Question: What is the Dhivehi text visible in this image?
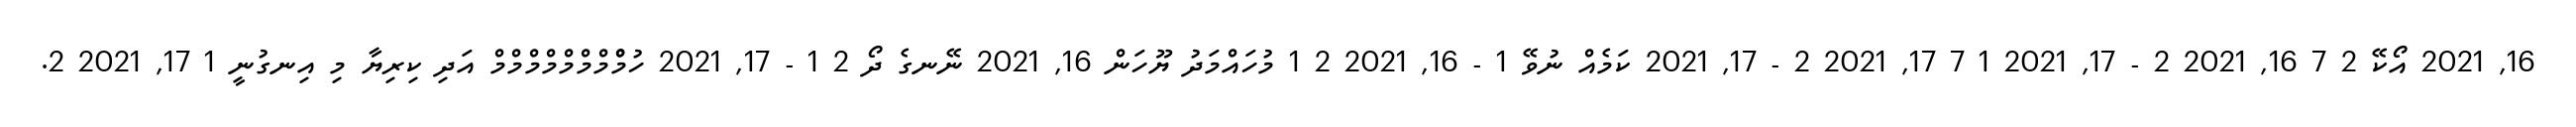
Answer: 16, 2021 އޯކޭ 2 7 16, 2021 2 - 17, 2021 1 7 17, 2021 2 - 17, 2021 ކަމެއް ނުވޭ 1 - 16, 2021 2 1 މުހައްމަދު ޔޫހަން 16, 2021 ނޭނގެ ދޯ 2 1 - 17, 2021 ހުމްްމްމްމްމްމްމްމް އަދި ކިރިޔާ މި އިނގުނީ 1 17, 2021 2.